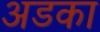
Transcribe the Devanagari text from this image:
अडका